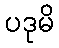
ပဒုမိ